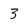
Character: 3